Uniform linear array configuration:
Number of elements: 48
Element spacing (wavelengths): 1
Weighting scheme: uniform
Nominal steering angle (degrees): -60
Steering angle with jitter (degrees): -61.16
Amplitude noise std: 0.05
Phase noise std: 0.05

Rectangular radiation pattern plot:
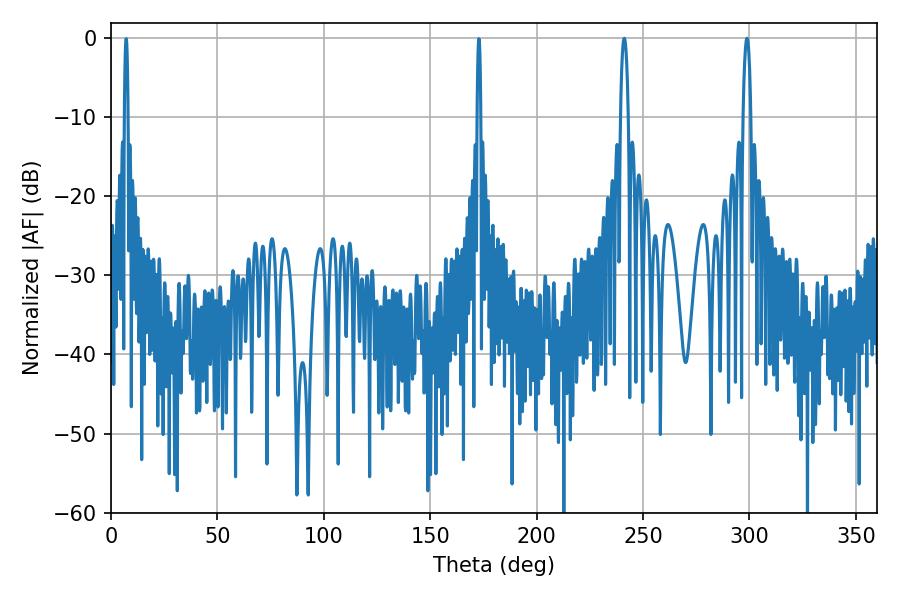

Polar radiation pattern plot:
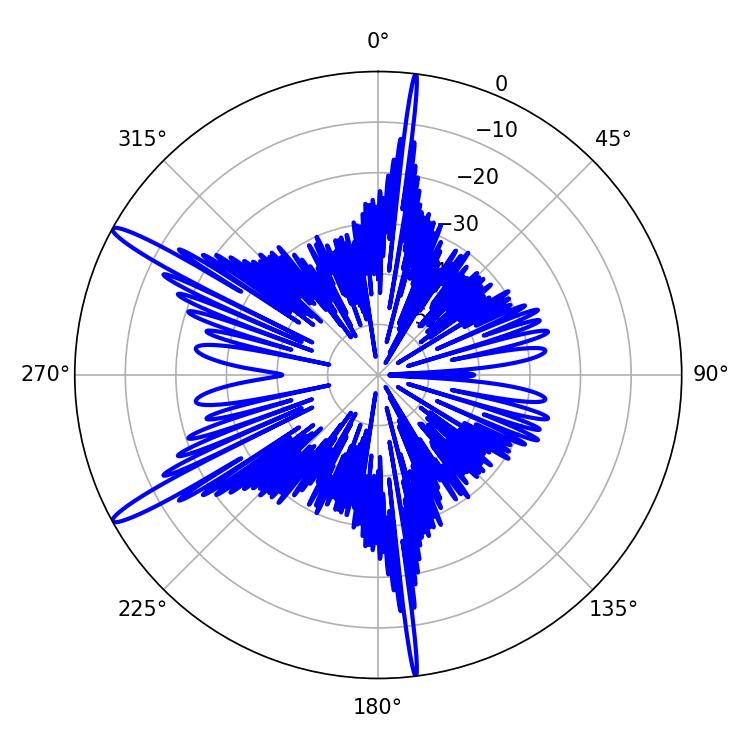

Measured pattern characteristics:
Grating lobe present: TRUE
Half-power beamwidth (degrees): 1.98
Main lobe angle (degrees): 298.8